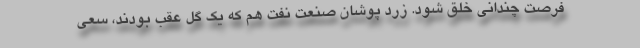
فرصت چندانی خلق شود. زرد پوشان صنعت نفت هم که یک گل عقب بودند، سعی